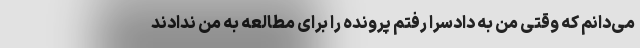
می‌دانم که وقتی من به دادسرا رفتم پرونده را برای مطالعه به من ندادند